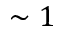
\sim 1